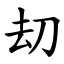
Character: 刧